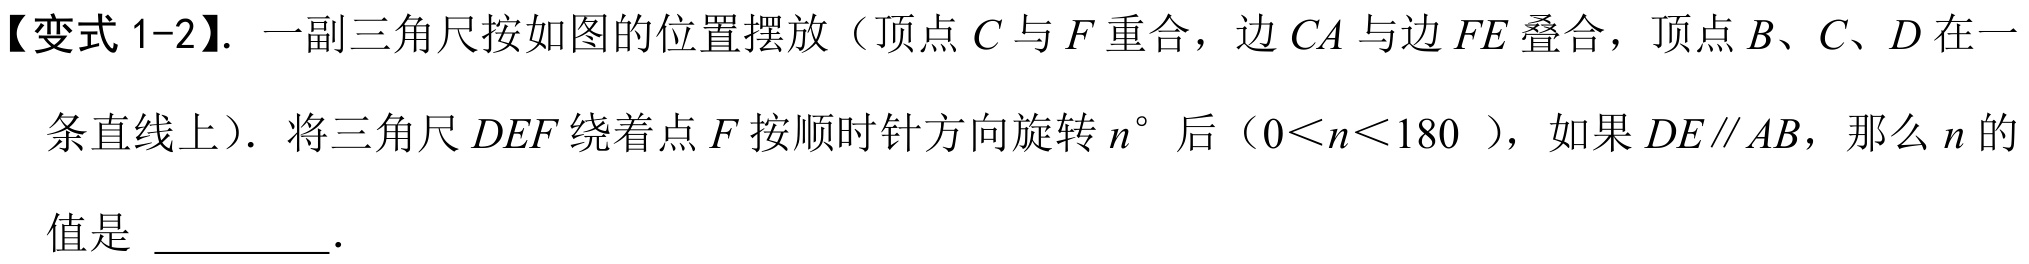
【变式 1-2】. 一副三角尺按如图的位置摆放（顶点$C$与$F$重合，边$CA$与边$FE$叠合，顶点$B、C、D$在一条直线上）．将三角尺$DEF$绕着点$F$按顺时针方向旋转$n^{\circ}$后（$0 < n < 180$ ），如果$DE\parallel AB$，那么$n$的值是  \underline{\qquad\;\;}．